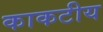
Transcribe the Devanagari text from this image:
काकटीय